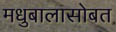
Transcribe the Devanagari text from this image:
मधुबालासोबत